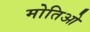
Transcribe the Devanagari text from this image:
मोतिओ